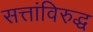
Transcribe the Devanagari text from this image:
सत्तांविरुद्ध